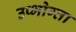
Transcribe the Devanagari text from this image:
उप्भोग्ता